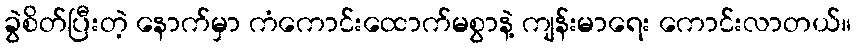
ခွဲစိတ်ပြီးတဲ့ နောက်မှာ ကံကောင်းထောက်မစွာနဲ့ ကျန်းမာရေး ကောင်းလာတယ်။